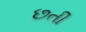
છતી